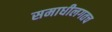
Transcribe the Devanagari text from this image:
समाधीलगतच